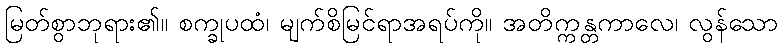
မြတ်စွာဘုရား၏။ စက္ခုပထံ၊ မျက်စိမြင်ရာအရပ်ကို။ အတိက္ကန္တကာလေ၊ လွန်သော